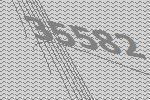
35582